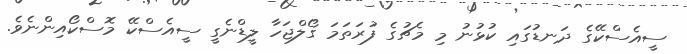
ސީއެސްކޭގެ ދަނޑުގައި ކުޅުނު މި މެޗުގެ ފުރަތަމަ ގޯލްޖަހާ ލީޑްނެގީ ސީއެސްކޭ މޮސްކޯއިންނެވެ.